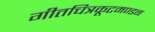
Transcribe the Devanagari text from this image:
गीतचित्रकूटमण्डन